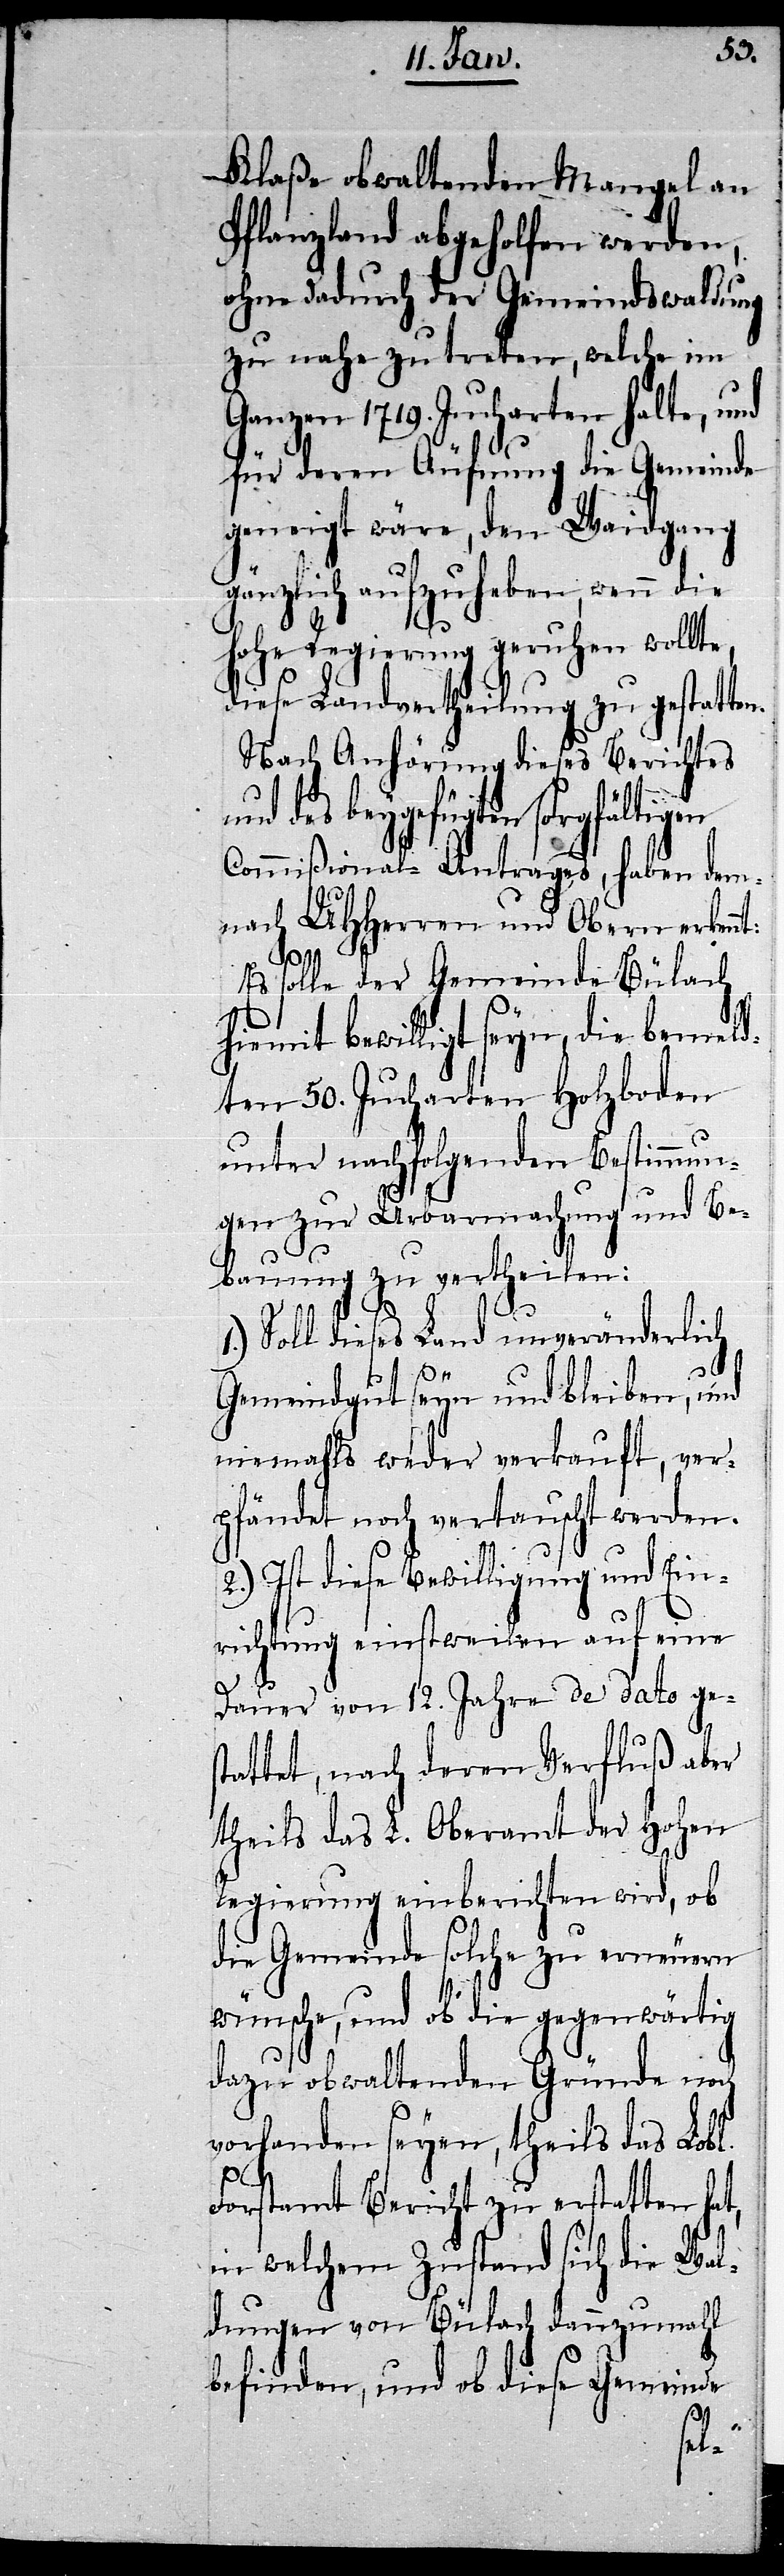
Klaße obwaltenden Mangel an
Pflanzland abgeholfen werden,
ohne dadurch der Gemeindswaldung
zu nahe zu treten, welche im
Ganzen 1719. Jucharten halte, und
für deren Äufnung die Gemeinde
geneigt wäre, den Waidgang
gänzlich aufzuheben, wenn die
hohe Regierung geruhen wollte,
diese Landvertheilung zu gestatten.
Nach Anhörung dieses Berichtes
des beygefügten sorgfältigen
Commißional-Antrages, haben dem¬
nach UHHerren und Obern erken¬
nt:
Es solle der Gemeinde Bülach
hiemit bewilligt seyn, die bemeld¬
ten 50. Jucharten Holzboden
unter nachfolgenden Bestimmun¬
gen zur Urbarmachung und Be¬
bauung zu vertheilen:
1.) Soll dieses Land unveränderlich
Gemeindgut seyn und bleiben, und
niemahls weder verkauft, ver¬
pfändet noch vertauscht werden.
2.) Ist diese Bewilligung und Ein¬
richtung einstweilen auf eine
Dauer von 12. Jahre de dato ges¬
tattet, nach deren Verfluß aber
theils das L. Oberamt der Hohen
Regierung einberichten wird, ob
die Gemeinde solche zu erneuern
wünsche, und ob die gegenwärtig
dazu obwaltenden Gründe noch
vorhanden seyen, theils das Lobl.
Forstamt Bericht zu erstatten hat,
in welchem Zustand sich die Wal¬
dungen von Bülach dannzumahl
befinden, und ob diese Gemeinde